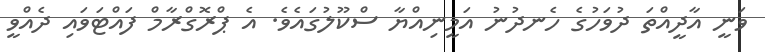
ވަނީ އާދީއްތަ ދުވަހުގެ ހެނދުނު އަމީނިއްޔާ ސްކޫލުގައެވެ. އެ ޕްރޮގްރާމް ފައްޓަވައި ދެއްވީ